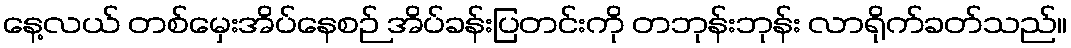
နေ့လယ် တစ်မှေးအိပ်နေစဉ် အိပ်ခန်းပြတင်းကို တဘုန်းဘုန်း လာရိုက်ခတ်သည်။